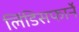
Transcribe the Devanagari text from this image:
लिंडिसफार्ने